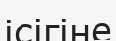
ісігіне